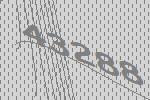
43288